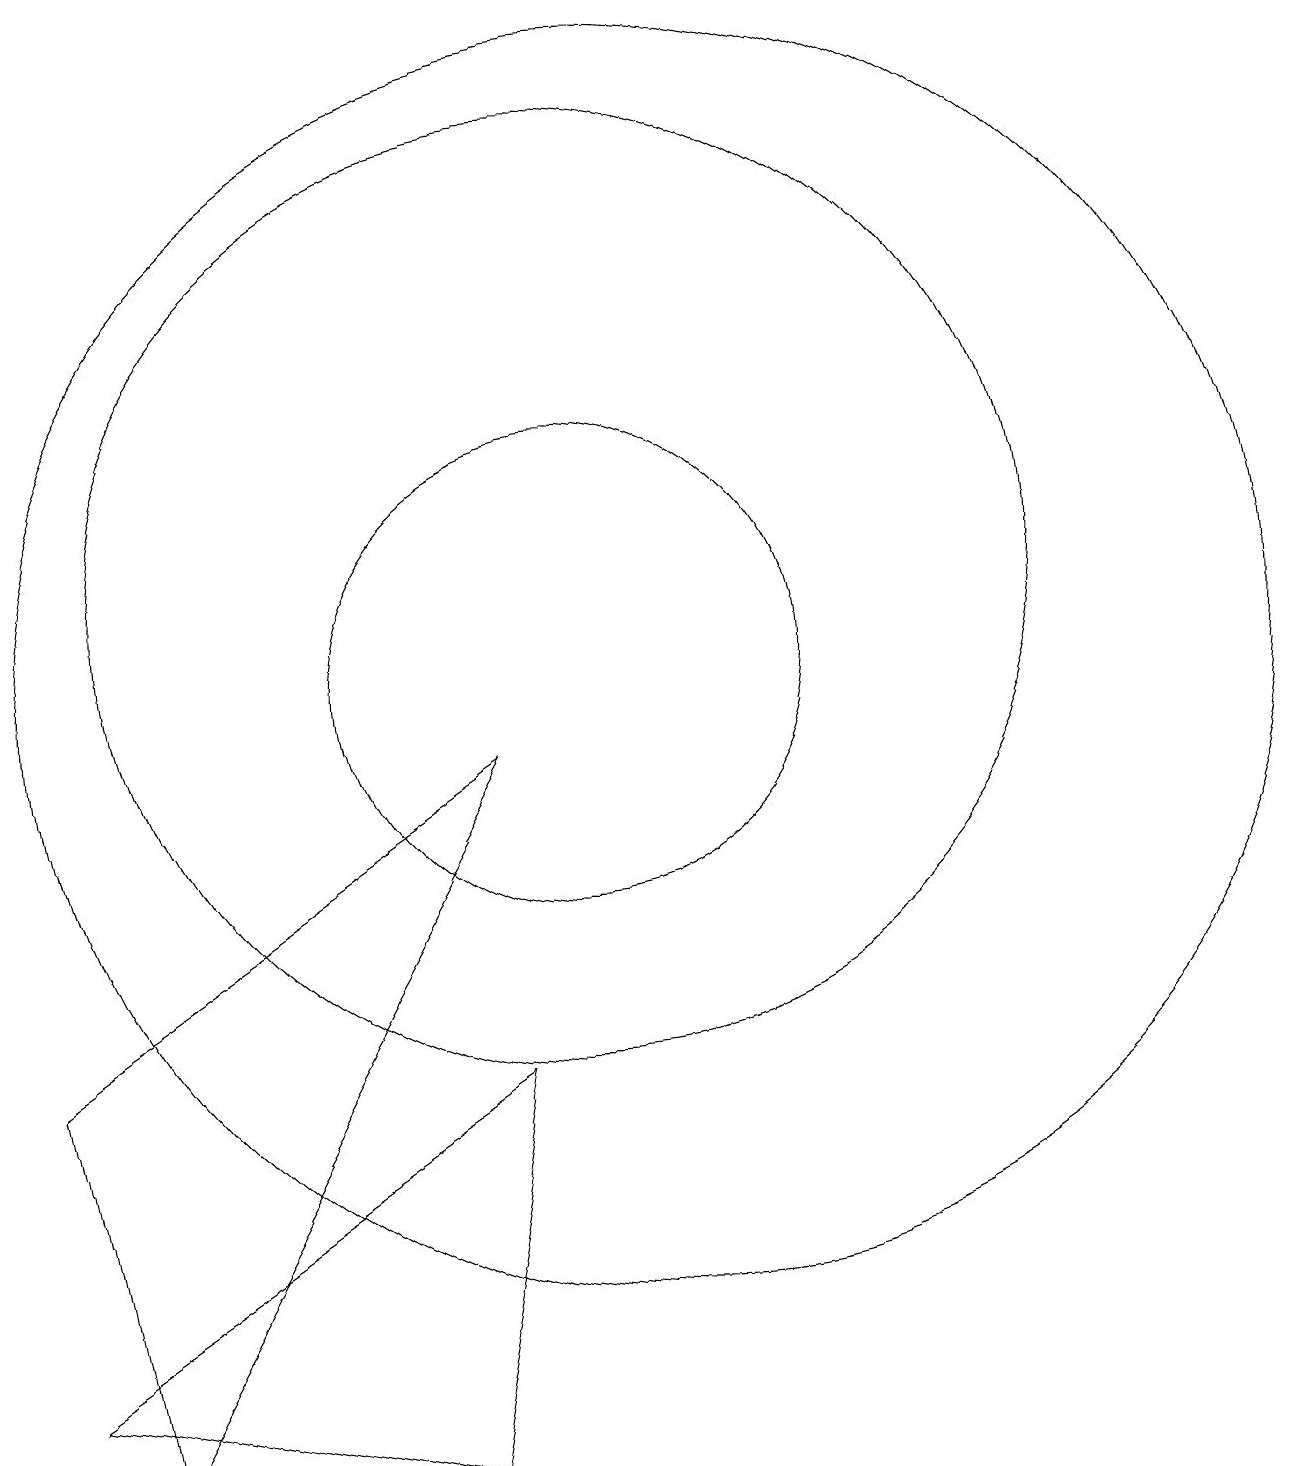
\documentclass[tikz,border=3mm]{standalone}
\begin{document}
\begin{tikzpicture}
\draw (10,11) circle (6);
\draw (8,0) -- (9,5) -- (3,1) -- cycle;
\draw (10,10) circle (3);
\draw (11,10) circle (8);
\draw (4,0) -- (3,5) -- (9,9) -- cycle;
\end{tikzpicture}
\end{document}